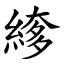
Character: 䋾